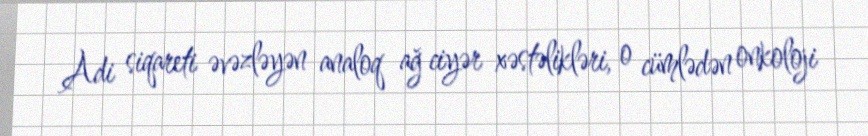
Adi siqareti əvəzləyən analoq ağ ciyər xəstəlikləri, o cümlədən onkoloji